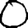
Digit: 0